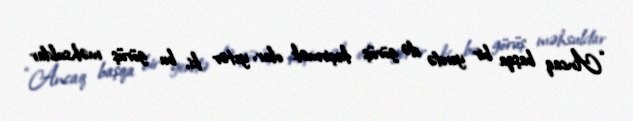
“Ancaq başqa bir yerdə də görüş keçirmək olar, yetər ki, bu görüş məhsuldar